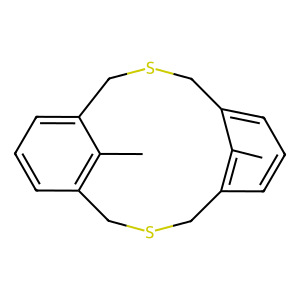
SMILES: Cc1c2cccc1CSCc1cccc(c1C)CSC2
Inhibits HIV replication: No